Burma Government Medical School reports 1907-22
Year: 1907
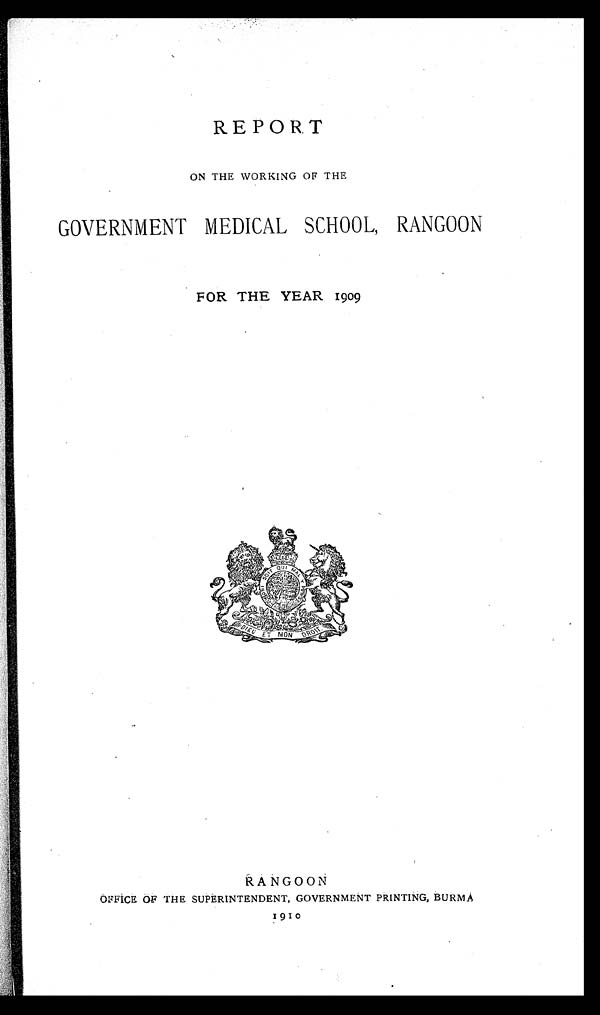
REPORT
ON THE WORKING OF THE
GOVERNMENT MEDICAL SCHOOL, RANGOON
FOR THE YEAR 1909
RANGOON
OFFICE OF THE SUPERINTENDENT, GOVERNMENT PRINTING, BURMA
1910